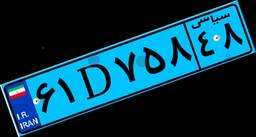
۶۱D۷۵۸۴۸